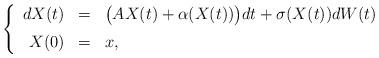
LaTeX: \begin{align*}\left\{\begin{array}{rcl}dX(t) & = & \big( A X(t) + \alpha(X(t)) \big) dt + \sigma(X(t)) dW(t) \medskip\\ X(0) & = & x,\end{array}\right.\end{align*}